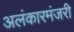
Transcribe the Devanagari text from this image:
अलंकारमंजरी